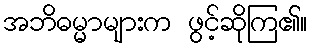
အဘိဓမ္မာများက ဖွင့်ဆိုကြ၏။